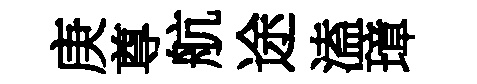
庚尊航途溘璋